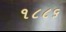
૧૮૮૬